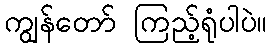
ကျွန်တော် ကြည့်ရုံပါပဲ။